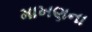
માખણના